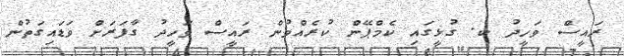
ރައީސް ވަހީދު ކ. ގުޅީގައި ކެމްޕޭން ކުރެއްވުން ރައީސް ވަހީދު ގާފަަރަށް ވަޑައިގަތުން